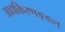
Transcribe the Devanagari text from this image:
आद्यकिरणङ्ङल्